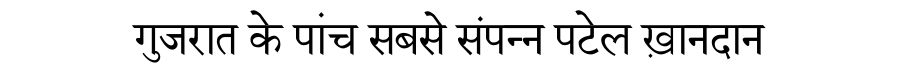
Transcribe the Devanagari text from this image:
गुजरात के पांच सबसे संपन्न पटेल ख़ानदान